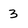
Character: 3